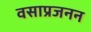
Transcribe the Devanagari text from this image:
वसाप्रजनन